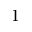
\boldsymbol { 1 }